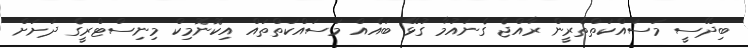
ބިދޭސީ މަސައްކަތްތެރީން ރާއްޖެ ގެނައުމާ ގުޅޭ ބައެއް މަސައްކަތްތައް އިކޮނޮމިކް މިނިސްޓްރީގެ ދަށަށް